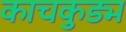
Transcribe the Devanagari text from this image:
काचकुड्म